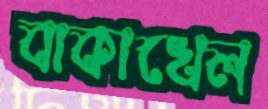
বাকাখেল